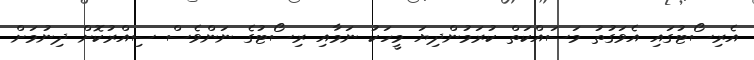
އެރިސޯޓުގައި އެވަގުތު މަސައްކަތް ކުރަމުންދިޔަ މީހަކު ނަމާއި ރިސޯޓުގެ ނަންވެސް ސިއްރުކޮށް ދިނުމަށް